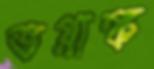
ভগ্নাঙ্ক